Report of the Imperial Institute of Veterinary Research, Muktesar
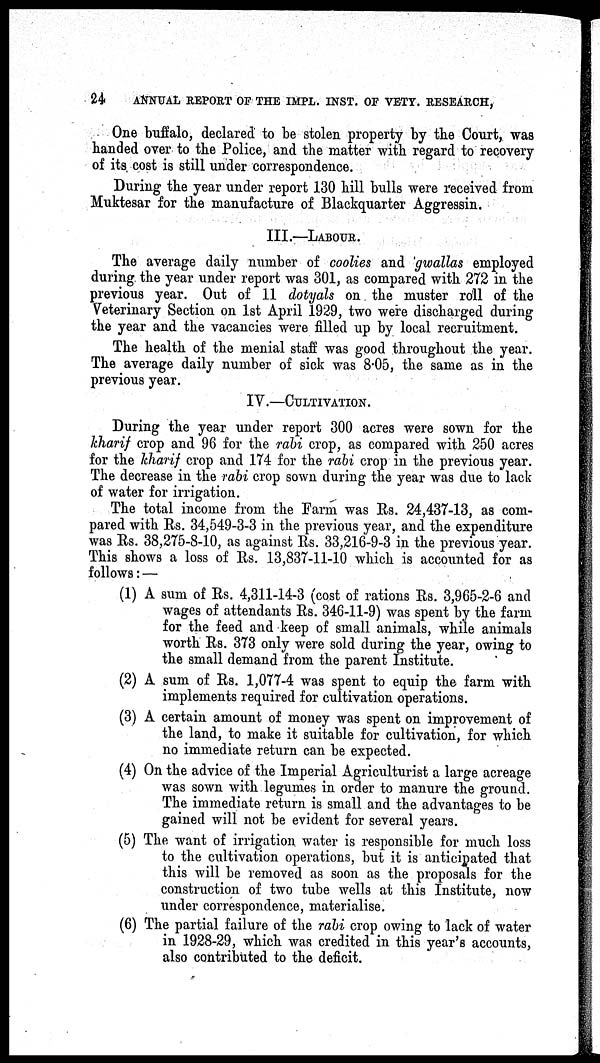
24
ANNUAL REPORT OF THE IMPL. INST. OF VETY. RESEARCH,
One buffalo, declared to be stolen property by the Court, was
handed over to the Police, and the matter with regard to recovery
of its cost is still under correspondence.
During the year under report 130 hill bulls were received from
Muktesar for the manufacture of Blackquarter Aggressin.
III.—LABOUR.
The average daily number of coolies and gwallas employed
during the year under report was 301, as compared with 272 in the
previous year. Out of 11 dotyals on the muster roll of the
Veterinary Section on 1st April 1929, two were discharged during
the year and the vacancies were filled up by local recruitment.
The health of the menial staff was good throughout the year.
The average daily number of sick was 8.05, the same as in the
previous year.
IV.—CULTIVATION.
During the year under report 300 acres were sown for the
kharif crop and 96 for the rabi crop, as compared with 250 acres
for the kharif crop and 174 for the rabi crop in the previous year.
The decrease in the rabi crop sown during the year was due to lack
of water for irrigation.
The total income from the Farm was Rs. 24,437-13, as com-
pared with Rs. 34,549-3-3 in the previous year, and the expenditure
was Rs. 38,275-8-10, as against Rs. 33,216-9-3 in the previous year.
This shows a loss of Rs. 13,837-11-10 which is accounted for as
follows :—
(1) A sum of Rs. 4,311-14-3 (cost of rations Rs. 3,965-2-6 and
wages of attendants Rs. 346-11-9) was spent by the farm
for the feed and keep of small animals, while animals
worth Rs. 373 only were sold during the year, owing to
the small demand from the parent Institute.
(2) A sum of Rs. 1,077-4 was spent to equip the farm with
implements required for cultivation operations.
(3) A certain amount of money was spent on improvement of
the land, to make it suitable for cultivation, for which
no immediate return can be expected.
(4) On the advice of the Imperial Agriculturist a large acreage
was sown with legumes in order to manure the ground.
The immediate return is small and the advantages to be
gained will not be evident for several years.
(5) The want of irrigation water is responsible for much loss
to the cultivation operations, but it is anticipated that
this will be removed as soon as the proposals for the
construction of two tube wells at this Institute, now
under correspondence, materialise.
(6) The partial failure of the rabi crop owing to lack of water
in 1928-29, which was credited in this year's accounts,
also contributed to the deficit.